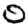
Digit: 0